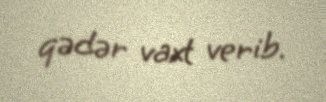
qədər vaxt verib.